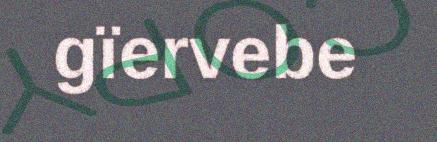
gïervebe